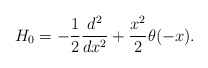
\begin{align*}H_0=-\frac{1}{2}\frac{d^2}{dx^2}+\frac{x^2}{2}\theta(-x).\end{align*}